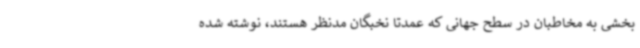
بخشی به مخاطبان در سطح جهانی که عمدتا نخبگان مدنظر هستند، نوشته شده